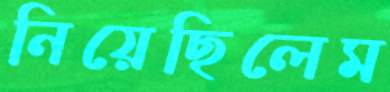
নিয়েছিলেম